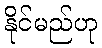
နိုင်မည်ဟု